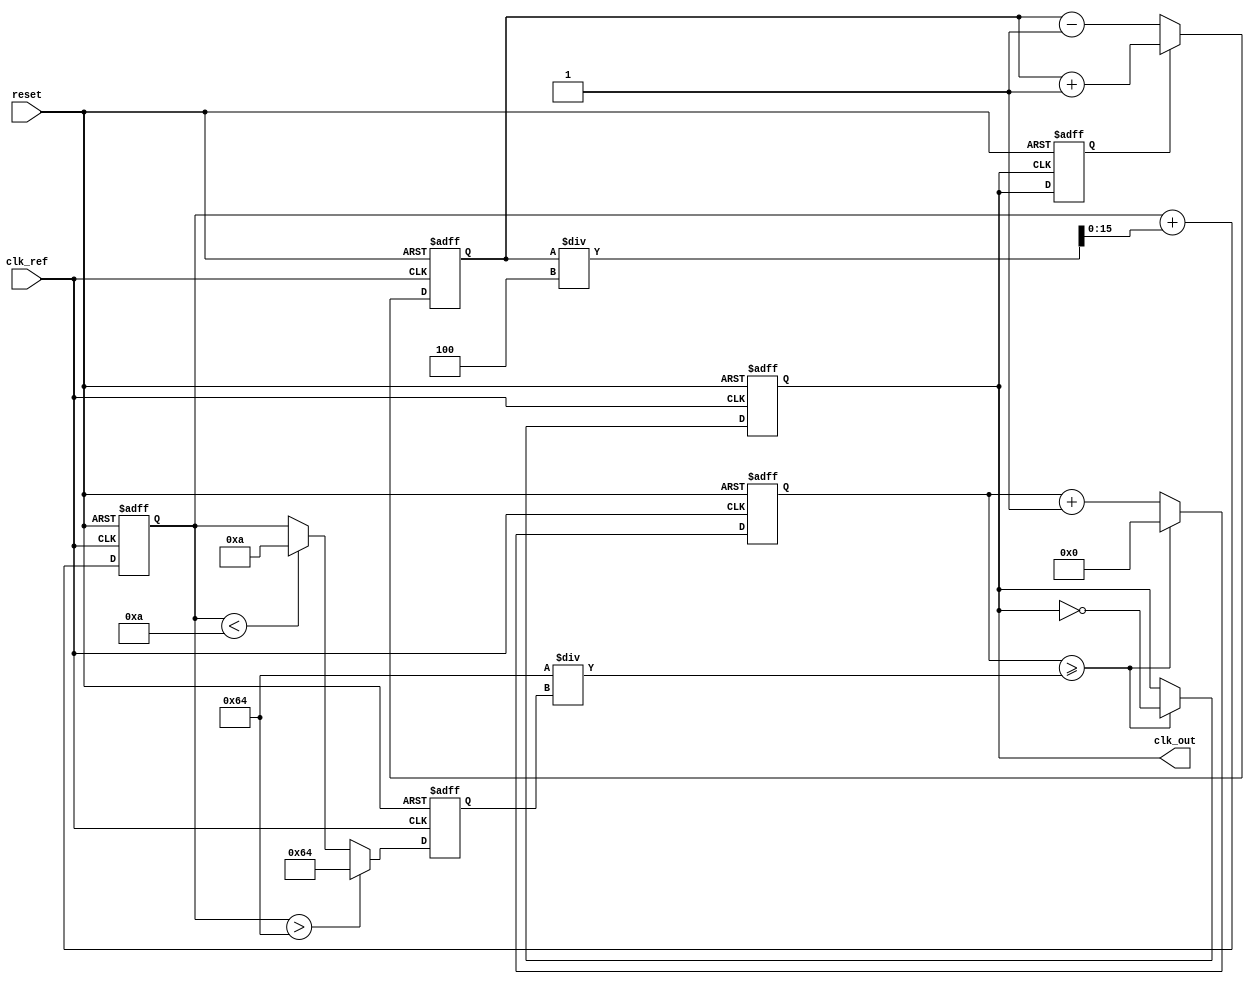
module PLL (
    input wire clk_ref,          // Reference clock input
    input wire reset,            // Reset signal
    output reg clk_out           // Output clock signal
);

// Parameters for the PLL
parameter N = 4;                // Feedback divider value
parameter VCO_MAX_FREQ = 100;   // Maximum frequency of VCO
parameter VCO_MIN_FREQ = 10;    // Minimum frequency of VCO
parameter LPF_COEFF = 4;        // Low-pass filter coefficient

// Internal signals
reg [15:0] phase_error;         // Phase error signal
reg [15:0] control_voltage;      // Control voltage for VCO
reg [15:0] vco_frequency;        // Current frequency of VCO
reg [15:0] vco_counter;          // Counter for VCO output
reg clk_feedback;                // Feedback clock signal

// Phase Detector
always @(posedge clk_ref or posedge reset) begin
    if (reset) begin
        phase_error <= 0;
    end else begin
        // Compare reference clock with feedback clock
        if (clk_feedback) begin
            phase_error <= phase_error + 1; // Lagging
        end else begin
            phase_error <= phase_error - 1; // Leading
        end
    end
end

// Low-Pass Filter
always @(posedge clk_ref or posedge reset) begin
    if (reset) begin
        control_voltage <= 0;
    end else begin
        control_voltage <= control_voltage + (phase_error / LPF_COEFF);
    end
end

// Voltage-Controlled Oscillator (VCO)
always @(posedge clk_ref or posedge reset) begin
    if (reset) begin
        vco_frequency <= VCO_MIN_FREQ;
        vco_counter <= 0;
        clk_out <= 0;
    end else begin
        // Adjust VCO frequency based on control voltage
        if (control_voltage > VCO_MAX_FREQ) begin
            vco_frequency <= VCO_MAX_FREQ;
        end else if (control_voltage < VCO_MIN_FREQ) begin
            vco_frequency <= VCO_MIN_FREQ;
        end else begin
            vco_frequency <= control_voltage;
        end

        // Generate output clock based on VCO frequency
        vco_counter <= vco_counter + 1;
        if (vco_counter >= (100 / vco_frequency)) begin // Adjust divider as necessary
            clk_out <= ~clk_out;
            vco_counter <= 0;
        end
    end
end

// Feedback Loop
always @(posedge clk_out or posedge reset) begin
    if (reset) begin
        clk_feedback <= 0;
    end else begin
        clk_feedback <= clk_out; // Feedback the output clock
    end
end

endmodule